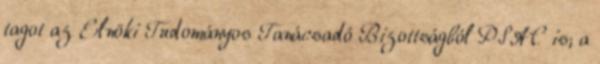
tagot az Elnöki Tudományos Tanácsadó Bizottságból PSAC is; a